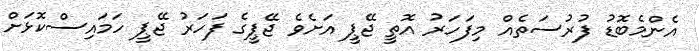
އެންމެބޮޑު ފުރުސަތެއް މިފަހަރު އޮތީ ޖޭޕީ އަށެވެ ޖޭޕީގެ ފަހަރު ޖޭޕީ ހަމައިސްކޮޅަށް